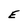
Character: E